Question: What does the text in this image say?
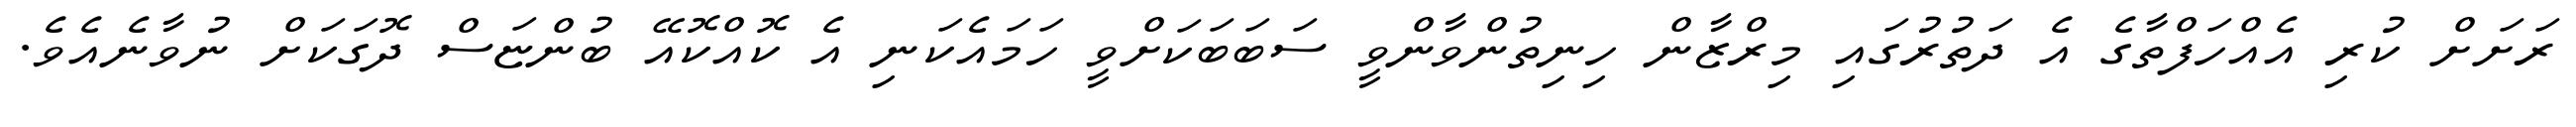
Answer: ރަށަށް ކުރި އެއްހަފްތާގެ އެ ދަތުރުގައި މިރްޒާން ހިނިތުންވާންވީ ސަބަބަކަށްވީ ހަމައެކަނި އެ ކޮއްކޮއޭ ބުންޏަސް ދޮގަކަށް ނުވާނެއެވެ.